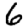
Digit: 6